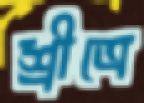
শ্রীত্রে